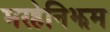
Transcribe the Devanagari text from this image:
मरहेनिझम